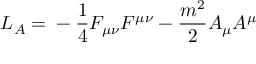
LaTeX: L _ { A } = \mathrm { } - \frac { 1 } { 4 } F _ { \mu \nu } F ^ { \mu \nu } - \frac { m ^ { 2 } } { 2 } A _ { \mu } A ^ { \mu }